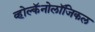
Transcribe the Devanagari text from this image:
व्होल्कॅनोलॉजिकल